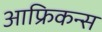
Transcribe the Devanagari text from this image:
आफ्रिकन्स